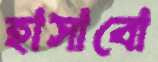
হাসাবো